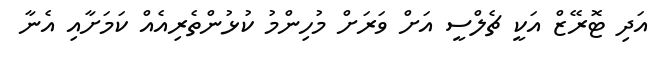
އަދި ޓޮރޭޒް އަކީ ޗެލްސީ އަށް ވަރަށް މުހިންމު ކުޅުންތެރިއެއް ކަމަށާއި އެނާ